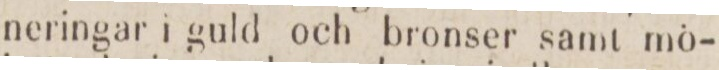
neringar i guld och bronser samt mö-